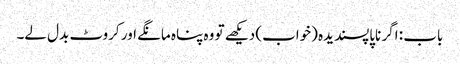
باب : اگر ناپاپسندیدہ (خواب) دیکھے تو وہ پناہ مانگے اور کروٹ بدل لے۔